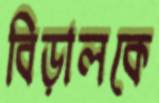
বিড়ালকে